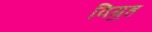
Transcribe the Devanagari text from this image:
विग॒ह